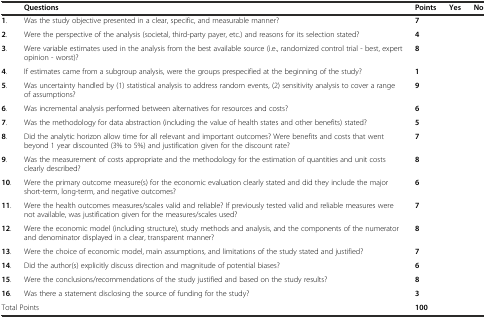
|  | Questions | Points | Yes | No |
 | --- | --- | --- | --- | --- |
 | 1. | Was the study objective presented in a clear, specific, and measurable manner? | 7 |  |  |
 | 2. | Were the perspective of the analysis (societal, third-party payer, etc.) and reasons for its selection stated? | 4 |  |  |
 | 3. | Were variable estimates used in the analysis from the best available source (i.e., randomized control trial - best, expert opinion - worst)? | 8 |  |  |
 | 4. | If estimates came from a subgroup analysis, were the groups prespecified at the beginning of the study? | 1 |  |  |
 | 5. | Was uncertainty handled by (1) statistical analysis to address random events, (2) sensitivity analysis to cover a range of assumptions? | 9 |  |  |
 | 6. | Was incremental analysis performed between alternatives for resources and costs? | 6 |  |  |
 | 7. | Was the methodology for data abstraction (including the value of health states and other benefits) stated? | 5 |  |  |
 | 8. | Did the analytic horizon allow time for all relevant and important outcomes? Were benefits and costs that went beyond 1 year discounted (3% to 5%) and justification given for the discount rate? | 7 |  |  |
 | 9. | Was the measurement of costs appropriate and the methodology for the estimation of quantities and unit costs clearly described? | 8 |  |  |
 | 10. | Were the primary outcome measure(s) for the economic evaluation clearly stated and did they include the major short-term, long-term, and negative outcomes? | 6 |  |  |
 | 11. | Were the health outcomes measures/scales valid and reliable? If previously tested valid and reliable measures were not available, was justification given for the measures/scales used? | 7 |  |  |
 | 12. | Were the economic model (including structure), study methods and analysis, and the components of the numerator and denominator displayed in a clear, transparent manner? | 8 |  |  |
 | 13. | Were the choice of economic model, main assumptions, and limitations of the study stated and justified? | 7 |  |  |
 | 14. | Did the author(s) explicitly discuss direction and magnitude of potential biases? | 6 |  |  |
 | 15. | Were the conclusions/recommendations of the study justified and based on the study results? | 8 |  |  |
 | 16. | Was there a statement disclosing the source of funding for the study? | 3 |  |  |
 | <COLSPAN=2> Total Points | 100 |  |  |